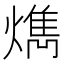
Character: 𤎱